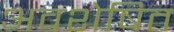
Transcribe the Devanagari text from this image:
अवशेषित